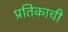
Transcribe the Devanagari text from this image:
प्रतिकाची